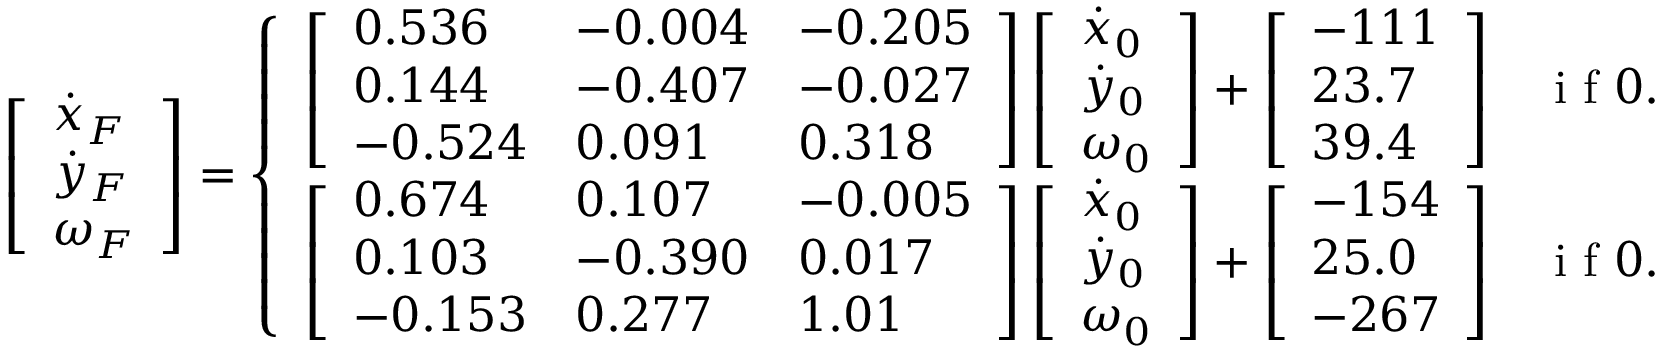
\left[ \begin{array} { l } { \dot { x } _ { F } } \\ { \dot { y } _ { F } } \\ { \omega _ { F } } \end{array} \right] = \left\{ \begin{array} { l l } { \left[ \begin{array} { l l l } { 0 . 5 3 6 } & { - 0 . 0 0 4 } & { - 0 . 2 0 5 } \\ { 0 . 1 4 4 } & { - 0 . 4 0 7 } & { - 0 . 0 2 7 } \\ { - 0 . 5 2 4 } & { 0 . 0 9 1 } & { 0 . 3 1 8 } \end{array} \right] \left[ \begin{array} { l } { \dot { x } _ { 0 } } \\ { \dot { y } _ { 0 } } \\ { \omega _ { 0 } } \end{array} \right] + \left[ \begin{array} { l } { - 1 1 1 } \\ { 2 3 . 7 } \\ { 3 9 . 4 } \end{array} \right] } & { \mathrm { ~ i ~ f ~ } 0 . 8 9 1 \dot { x } _ { 0 } + 0 . 7 6 3 \dot { y } _ { 0 } + \omega _ { 0 } < 6 0 0 } \\ { \left[ \begin{array} { l l l } { 0 . 6 7 4 } & { 0 . 1 0 7 } & { - 0 . 0 0 5 } \\ { 0 . 1 0 3 } & { - 0 . 3 9 0 } & { 0 . 0 1 7 } \\ { - 0 . 1 5 3 } & { 0 . 2 7 7 } & { 1 . 0 1 } \end{array} \right] \left[ \begin{array} { l } { \dot { x } _ { 0 } } \\ { \dot { y } _ { 0 } } \\ { \omega _ { 0 } } \end{array} \right] + \left[ \begin{array} { l } { - 1 5 4 } \\ { 2 5 . 0 } \\ { - 2 6 7 } \end{array} \right] } & { \mathrm { ~ i ~ f ~ } 0 . 8 9 1 \dot { x } _ { 0 } + 0 . 7 6 3 \dot { y } _ { 0 } + \omega _ { 0 } > 6 0 0 ; } \end{array} \right.